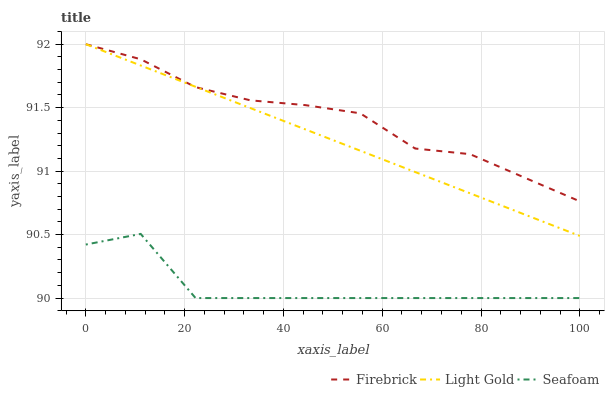
| xaxis_label | Firebrick | Light Gold | Seafoam |
 | --- | --- | --- | --- |
 | 0 | 92 | 92 | 90.4 |
 | 11.1 | 91.9 | 91.8 | 90.5 |
 | 22.2 | 91.7 | 91.7 | 90 |
 | 33.3 | 91.6 | 91.5 | 90 |
 | 44.4 | 91.5 | 91.3 | 90 |
 | 55.6 | 91.5 | 91.2 | 90 |
 | 66.7 | 91.2 | 91 | 90 |
 | 77.8 | 91.1 | 90.8 | 90 |
 | 88.9 | 90.9 | 90.7 | 90 |
 | 100 | 90.8 | 90.5 | 90 |